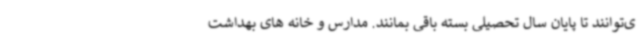
ی‌توانند تا پایان سال تحصیلی بسته باقی بمانند. مدارس و خانه های بهداشت